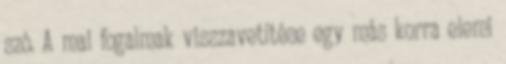
szó. A mai fogalmak visszavetítése egy más korra elemi